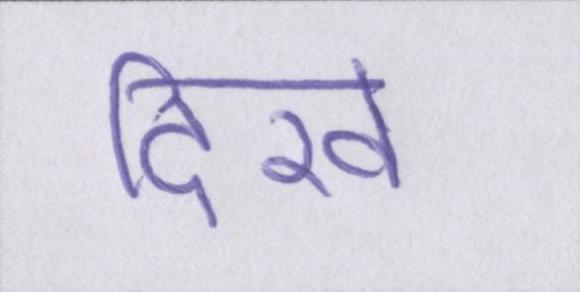
दिखे